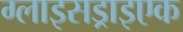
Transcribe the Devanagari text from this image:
ग्लाइसड्राइएक